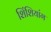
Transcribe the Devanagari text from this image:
शिंशियांग